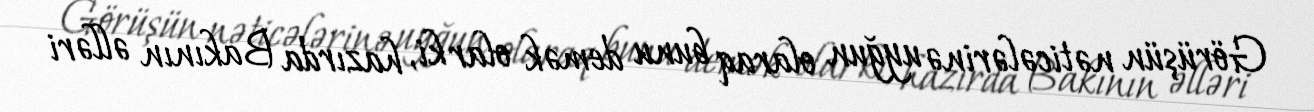
Görüşün nəticələrinə uyğun olaraq bunu demək olar ki, hazırda Bakının əlləri